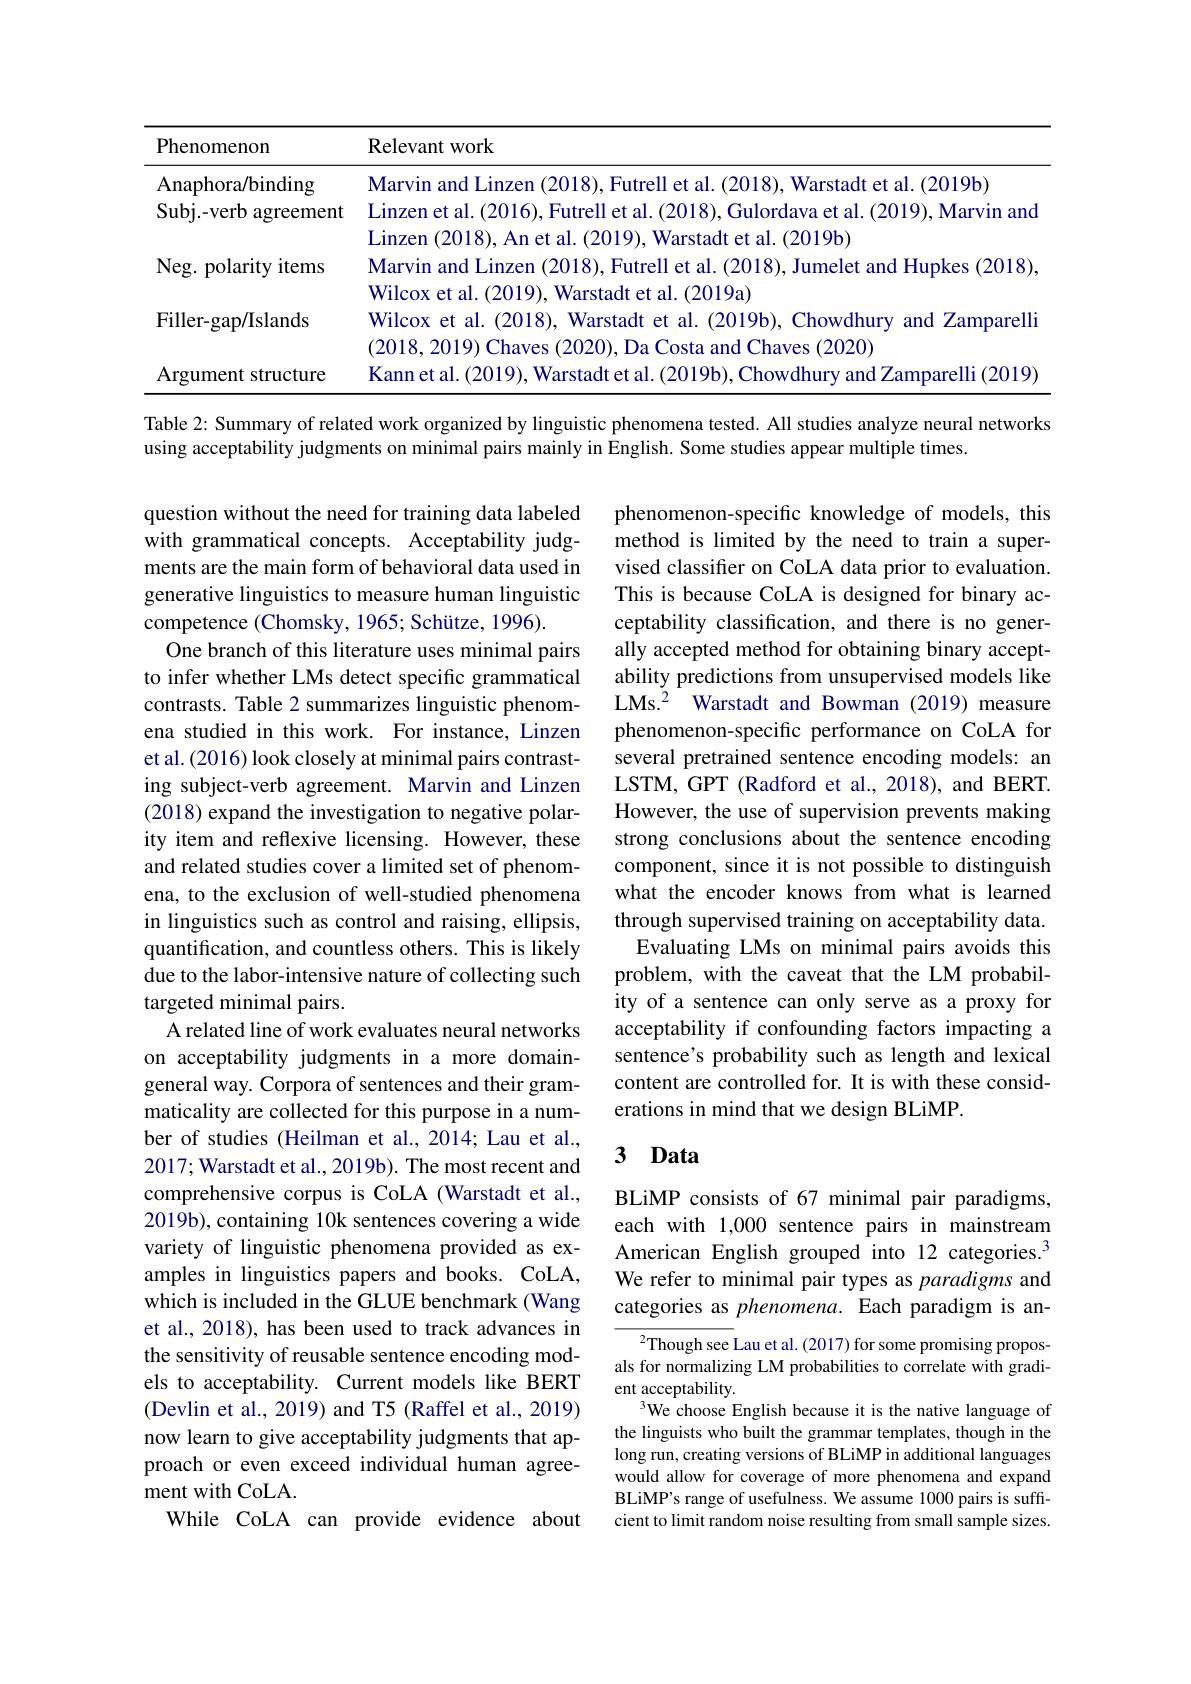
<table>
	<tbody>
		<tr>
			<th>Phenomenon</th>
			<th>Relevant work</th>
		</tr>
		<tr>
			<td>${\mathrm{Anaphora/binding}}$</td>
			<td>Marvin and (2019h</td>
		</tr>
		<tr>
			<td>Subj. - verb agreement $\begin{array}{c}{1}\\{1}\end{array}$</td>
			<td>Linzen et $\|H$ Futrel 2018 (2019 Marvin ande</td>
		</tr>
		<tr>
			<td> </td>
			<td>Linzen (2018).An et al .(2019). Warstadt et al. ( 2019b</td>
		</tr>
		<tr>
			<td>Filler-gap/Islands</td>
			<td>Wilcox et al. (2018), Warstadt et al. (2019b), Chowdhury and Zamparelli $2018~2019$ 2020</td>
		</tr>
		<tr>
			<td>Argument structure</td>
			<td>Canneta $\Gamma/////$</td>
		</tr>
	</tbody>
</table>

Table 2: Summary of related work organized by linguistic phenomena tested. All studies analyze neural networks
using acceptability judgments on minimal pairs mainly in English. Some studies appear multiple times.

phenomenon-specific knowledge of models, this method is limited by the need to train a supervised classifier on CoLA data prior to evaluation. This is because CoLA is designed for binary acceptability classification, and there is no generally accepted method for obtaining binary acceptability predictions from unsupervised models like LMs.$^{2}$ Warstadt and Bowman (2019) measure phenomenon-specific performance on CoLA for several pretrained sentence encoding models: an LSTM, GPT (Radford et al., 2018), and BERT. However, the use of supervision prevents making strong conclusions about the sentence encoding component, since it is not possible to distinguish what the encoder knows from what is learned through supervised training on acceptability data.
Evaluating LMs on minimal pairs avoids this problem, with the caveat that the LM probability of a sentence can only serve as a proxy for acceptability if confounding factors impacting a sentence's probability such as length and lexical content are controlled for. It is with these considerations in mind that we design BLiMP.

question without the need for training data labeled with grammatical concepts. Acceptability judgments are the main form of behavioral data used in generative linguistics to measure human linguistic competence (Chomsky, 1965; Schütze, 1996).
One branch of this literature uses minimal pairs to infer whether LMs detect specific grammatical contrasts. Table 2 summarizes linguistic phenomena studied in this work. For instance, Linzen et al. (2016) look closely at minimal pairs contrasting subject-verb agreement. Marvin and Linzen (2018) expand the investigation to negative polarity item and reflexive licensing. However, these and related studies cover a limited set of phenomena, to the exclusion of well-studied phenomena in linguistics such as control and raising, ellipsis, quantification, and countless others. This is likely due to the labor-intensive nature of collecting such targeted minimal pairs.
A related line of work evaluates neural networks on acceptability judgments in a more domaingeneral way. Corpora of sentences and their grammaticality are collected for this purpose in a number of studies (Heilman et al., 2014; Lau et al., 2017; Warstadt et al., 2019b). The most recent and comprehensive corpus is CoLA (Warstadt et al., 2019b), containing 10k sentences covering a wide variety of linguistic phenomena provided as examples in linguistics papers and books. CoLA, which is included in the GLUE benchmark (Wang et al., 2018), has been used to track advances in the sensitivity of reusable sentence encoding models to acceptability. Current models like BERT (Devlin et al., 2019) and T5 (Raffel et al., 2019) now learn to give acceptability judgments that approach or even exceed individual human agreement with CoLA.
While CoLA can provide evidence about

# 3 Data

BLiMP consists of 67 minimal pair paradigms, each with 1,000 sentence pairs in mainstream American English grouped into 12 categories.$^{3}$ We refer to minimal pair types as paradigms and categories as phenomena. Each paradigm is an-

${}^{2}$Though see Lau et al. (2017) for some promising proposals for normalizing LM probabilities to correlate with gradient acceptability.
$^{3}$We choose English because it is the native language of the linguists who built the grammar templates, though in the long run, creating versions of BLiMP in additional languages would allow for coverage of more phenomena and expand BLiMP's range of usefulness. We assume 1000 pairs is suffcient to limit random noise resulting from small sample sizes.